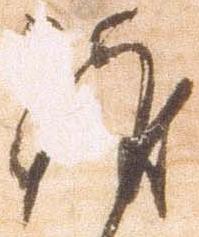
致